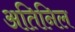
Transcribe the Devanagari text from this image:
अतिनिल